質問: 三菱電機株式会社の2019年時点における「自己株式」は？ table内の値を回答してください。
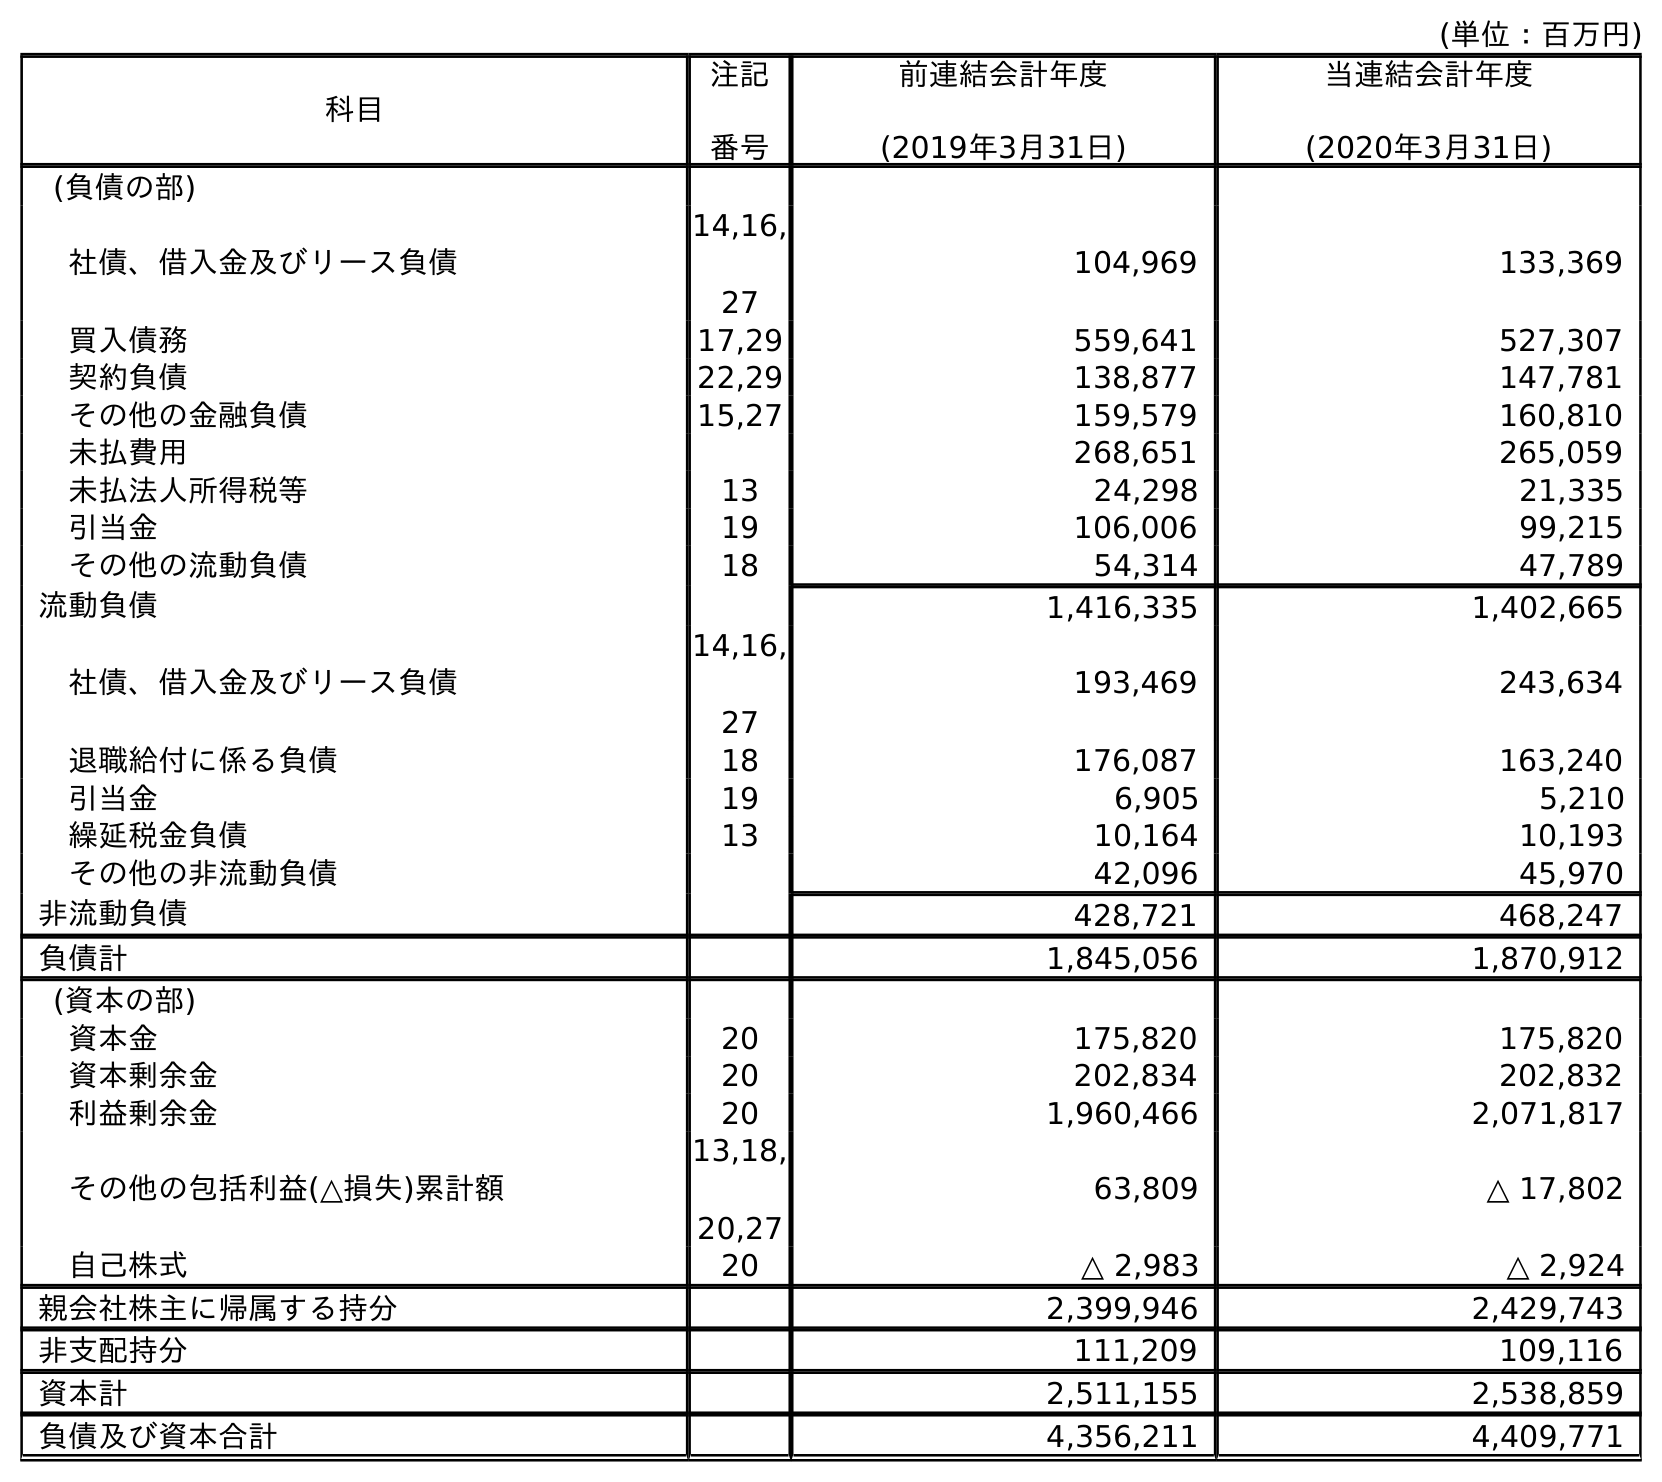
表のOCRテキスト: (単位：百万円) 科目 注記 番号 前連結会計年度 (2019年3月31日) 当連結会計年度 (2020年3月31日) (負債の部) 社債、借入金及びリース負債 14,16, 27 104,969 133,369 買入債務 17,29 559,641 527,307 契約負債 22,29 138,877 147,781 その他の金融負債 15,27 159,579 160,810 未払費用 268,651 265,059 未払法人所得税等 13 24,298 21,335 引当金 19 106,006 99,215 その他の流動負債 18 54,314 47,789 流動負債 1,416,335 1,402,665 社債、借入金及びリース負債 14,16, 27 193,469 243,634 退職給付に係る負債 18 176,087 163,240 引当金 19 6,905 5,210 繰延税金負債 13 10,164 10,193 その他の非流動負債 42,096 45,970 非流動負債 428,721 468,247 負債計 1,845,056 1,870,912 (資本の部) 資本金 20 175,820 175,820 資本剰余金 20 202,834 202,832 利益剰余金 20 1,960,466 2,071,817 その他の包括利益(△損失)累計額 13,18, 20,27 63,809 △ 17,802 自己株式 20 △ 2,983 △ 2,924 親会社株主に帰属する持分 2,399,946 2,429,743 非支配持分 111,209 109,116 資本計 2,511,155 2,538,859 負債及び資本合計 4,356,211 4,409,771
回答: △2,983